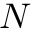
{ \mathbf { } } N